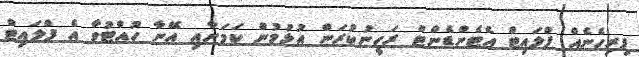
ފިރިހެނެއް ފްލައިޓް އެޓެންޑެންޓް ރަހީނުކުރަން އުޅުމުން ކަމަށާއި އޭނާ ހުއްޓުވާ އެ ފްލައިޓް